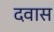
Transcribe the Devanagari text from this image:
दवास